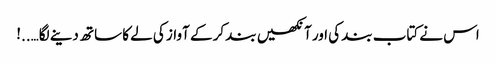
اس نے کتاب بند کی اور آنکھیں بند کر کے آواز کی لے کا ساتھ دینے لگا…..!